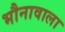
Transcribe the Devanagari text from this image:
भौनावाला